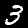
Digit: 3